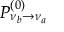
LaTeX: P _ { \nu _ { b } \rightarrow \nu _ { a } } ^ { ( 0 ) }